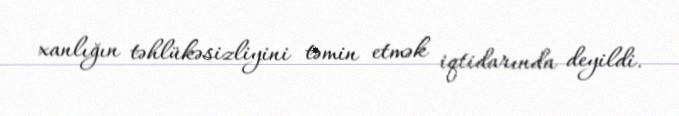
xanlığın təhlükəsizliyini təmin etmək iqtidarında deyildi.